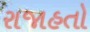
રાજાહતો